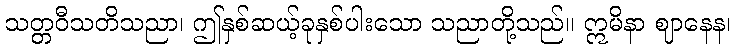
သတ္တဝီသတိသညာ၊ ဤနှစ်ဆယ့်ခုနှစ်ပါးသော သညာတို့သည်။ ဣမိနာ ဈာနေန၊